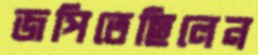
জপিতেছিলেন